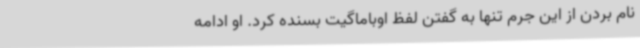
نام بردن از این جرم تنها به گفتن لفظ اوباماگیت بسنده کرد. او ادامه